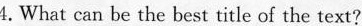
4.What can be the best title of the text?